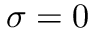
\sigma = 0